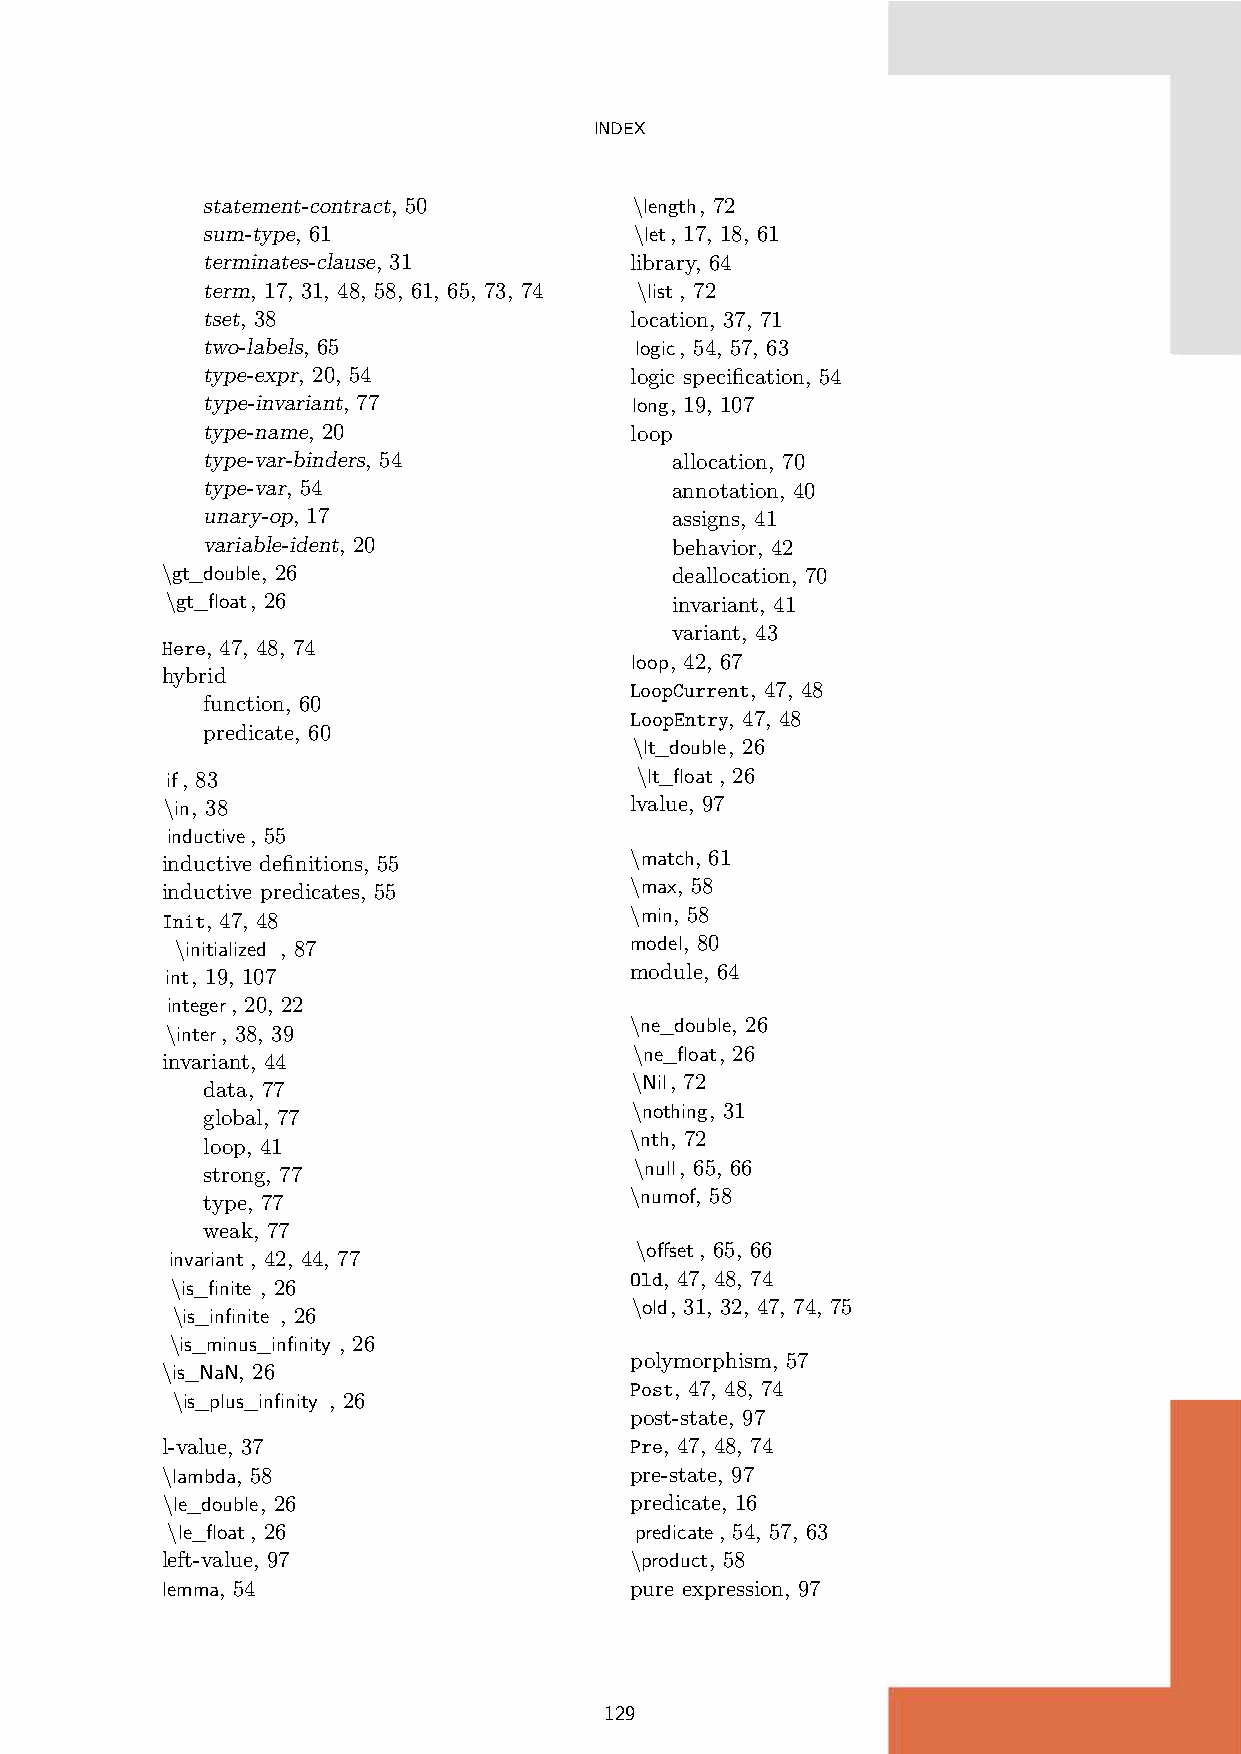
INDEX
 statement-contract, 50       \length, 72
 sum-type, 61                 \let, 17, 18, 61
 terminates-clause, 31        library, 64
 term, 17, 31, 48, 58, 61, 65, 73, 74 \list , 72
 tset, 38                     location, 37, 71
 two-labels, 65               logic, 54, 57, 63
 type-expr, 20, 54            logic specification, 54
 type-invariant, 77           long, 19, 107
 type-name, 20                loop
 type-var-binders, 54           allocation, 70
 type-var, 54                   annotation, 40
 unary-op, 17                   assigns, 41
 variable-ident, 20             behavior, 42
 \gt_double, 26                   deallocation, 70
 \gt_float, 26                    invariant, 41
 variant, 43
 Here, 47, 48, 74
 loop, 42, 67
 hybrid
 LoopCurrent, 47, 48
 function, 60
 LoopEntry, 47, 48
 predicate, 60
 \lt_double, 26
 if, 83                         \lt_float , 26
 \in, 38                        lvalue, 97
 inductive, 55
 inductive definitions, 55
 \match, 61
 inductive predicates, 55       \max, 58
 Init, 47, 48                   \min, 58
 \initialized , 87             model, 80
 int, 19, 107                   module, 64
 integer, 20, 22
 \ne_double, 26
 \inter, 38, 39
 \ne_float, 26
 invariant, 44
 data, 77
 \Nil, 72
 global, 77
 \nothing, 31
 loop, 41
 \nth, 72
 strong, 77
 \null, 65, 66
 type, 77
 \numof, 58
 weak, 77
 \offset, 65, 66
 invariant , 42, 44, 77
 Old, 47, 48, 74
 \is_finite , 26
 \old, 31, 32, 47, 74, 75
 \is_infinite , 26
 \is_minus_infinity , 26
 polymorphism, 57
 \is_NaN, 26
 Post, 47, 48, 74
 \is_plus_infinity , 26
 post-state, 97
 l-value, 37                    Pre, 47, 48, 74
 \lambda, 58                    pre-state, 97
 \le_double, 26                 predicate, 16
 \le_float, 26                  predicate, 54, 57, 63
 left-value, 97                 \product, 58
 lemma, 54                      pure expression, 97
 129